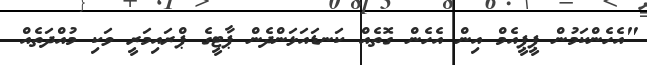
"އެހެންކަމުން ޕީޕީއެމް އިން އެހެން ގޮތެއް ކަނޑައަޅަންދެން ޕާޓީގެ ޕްރައިމަރީ ވަކި މުއްދަތެއް